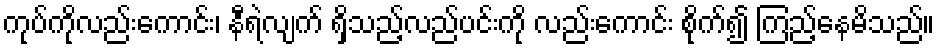
ကုပ်ကိုလည်းကောင်း၊ နီရဲလျက် ရှိသည့်လည်ပင်းကို လည်းကောင်း စိုက်၍ ကြည့်နေမိသည်။